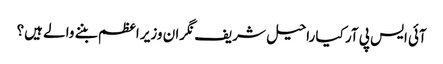
آئی ایس پی آر کیا راحیل شریف نگران وزیر اعظم بننے والے ہیں؟